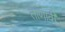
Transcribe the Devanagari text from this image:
ताणावी